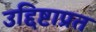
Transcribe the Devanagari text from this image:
उद्दिष्टाप्रत